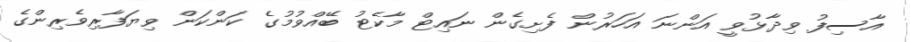
އާސިފު ވިދާޅުވީ އަންނަ އަހަރުން ފެށިގެން ނައިޓް މާކެޓު ބޭއްވުމުގެ ކަންކަން ވިޔަފާރިވެރިންގެ